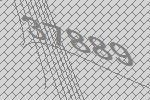
37889